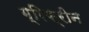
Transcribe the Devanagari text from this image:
ग्रिफ्रीन